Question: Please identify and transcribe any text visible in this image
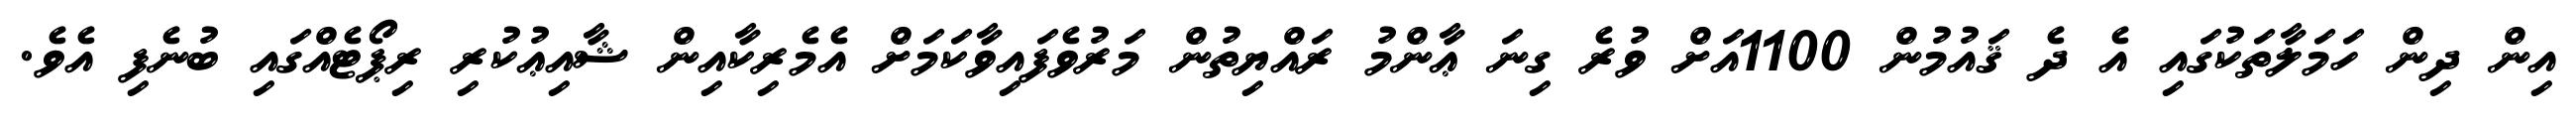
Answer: އިން ދިން ހަމަލާތަކުގައި އެ ދެ ޤައުމުން 1100އަށް ވުރެ ގިނަ ޢާންމު ރައްޔިތުން މަރުވެފައިވާކަމަށް އެމެރިކާއިން ޝާއިޢުކުރި ރިޕޯޓެއްގައި ބުނެފި އެވެ.